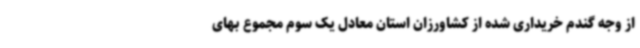
از وجه گندم خریداری شده از کشاورزان استان معادل یک سوم مجموع بهای